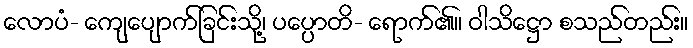
လောပံ- ကျေပျောက်ခြင်းသို့၊ ပပ္ပောတိ- ရောက်၏။ ဝါသိဋ္ဌော စသည်တည်း။